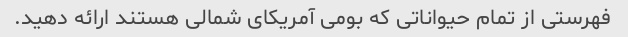
فهرستی از تمام حیواناتی که بومی آمریکای شمالی هستند ارائه دهید.